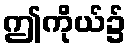
ဤကိုယ်၌